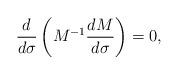
LaTeX: \begin{align*}\frac{d}{d\sigma}\left(M^{-1}\frac{dM}{d\sigma}\right)=0,\end{align*}